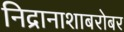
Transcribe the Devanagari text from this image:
निद्रानाशाबरोबर